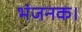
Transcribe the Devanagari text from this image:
भंजनक।